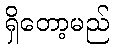
ရှိတော့မည်